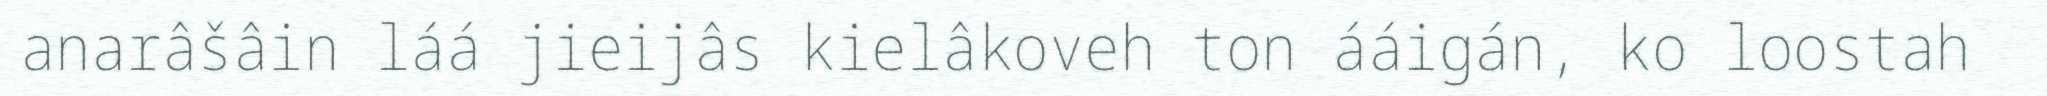
anarâšâin láá jieijâs kielâkoveh ton ááigán, ko loostah